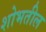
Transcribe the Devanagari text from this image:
शोभतील